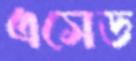
এসেড